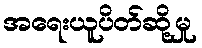
အရေးယူပိတ်ဆို့မှု